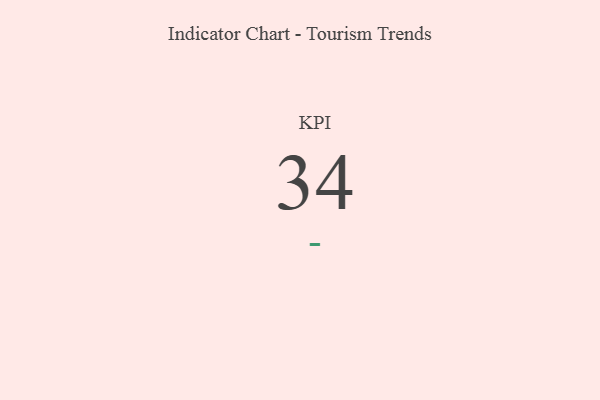
{"axis": {"x": "KPI", "y": "Value"}, "legend": [""], "data": [{"x": "KPI", "y": 34, "type": ""}]}